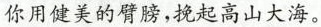
你用健美的臂膀，挽起高山大海。